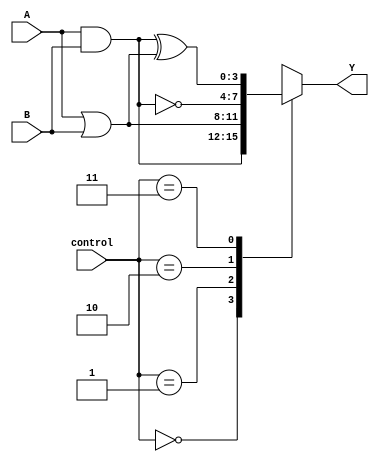
module AdjacencyGroups (
    input wire [3:0] A,      // 4-bit input signals
    input wire [3:0] B,      // Another 4-bit input signals
    input wire [1:0] control, // Control signals to select logic operation
    output wire [3:0] Y       // 4-bit output signals
);

// Internal signals for adjacency groups
wire [3:0] group1; // Group 1 signals
wire [3:0] group2; // Group 2 signals

// Grouping mechanism: Example of simple adjacency grouping
assign group1 = A & B; // AND operation for Group 1
assign group2 = A | B; // OR operation for Group 2

// Output generation based on control signals
always @(*) begin
    case (control)
        2'b00: Y = group1;      // Output from Group 1 (AND)
        2'b01: Y = group2;      // Output from Group 2 (OR)
        2'b10: Y = ~group1;     // NOT operation on Group 1
        2'b11: Y = group1 ^ group2; // XOR between Group 1 and Group 2
        default: Y = 4'b0000;   // Default case
    endcase
end

endmodule